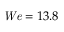
{ \it W e } = 1 3 . 8